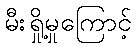
မီးရှို့မှုကြောင့်